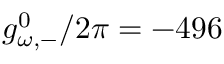
g _ { \omega , - } ^ { 0 } / 2 \pi = - 4 9 6